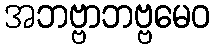
အဘဗ္ဗာဘဗ္ဗမေဝ